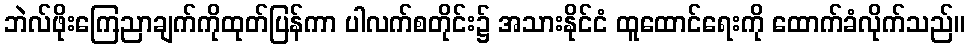
ဘဲလ်ဖိုးကြေညာချက်ကိုထုတ်ပြန်ကာ ပါလက်စတိုင်း၌ အသားနိုင်ငံ ထူထောင်ရေးကို ထောက်ခံလိုက်သည်။